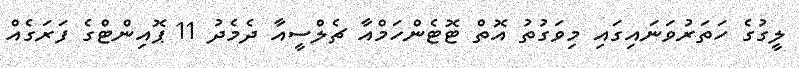
ލީގުގެ ހަތަރުވަނައިގައި މިވަގުތު އޮތް ޓޮޓެންހަމްއާ ޗެލްސީއާ ދެމެދު 11 ޕޮއިންޓްގެ ފަރަގެއް